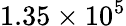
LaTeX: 1.35\times 10^{5}